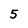
Character: 5